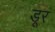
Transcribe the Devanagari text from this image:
डूर